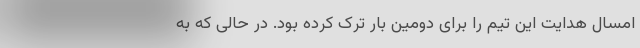
امسال هدایت این تیم را برای دومین بار ترک کرده بود. در حالی که به